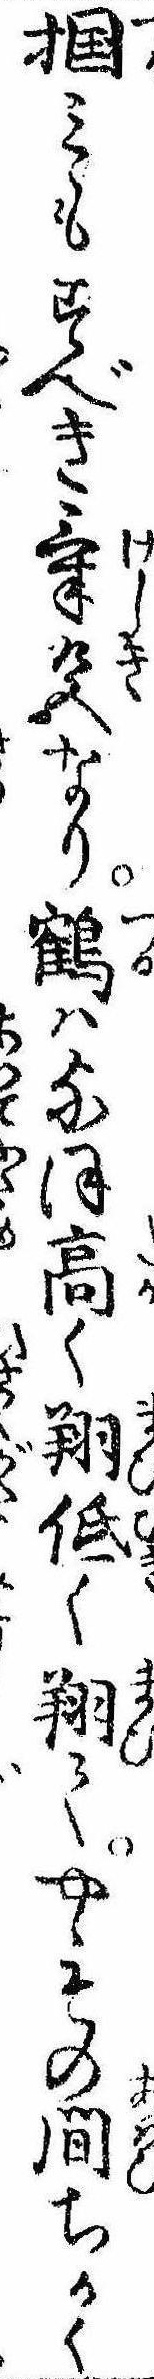
掴みもすべき気色なり鶴はなほ高く翔低く翔てやゝその間ちかく